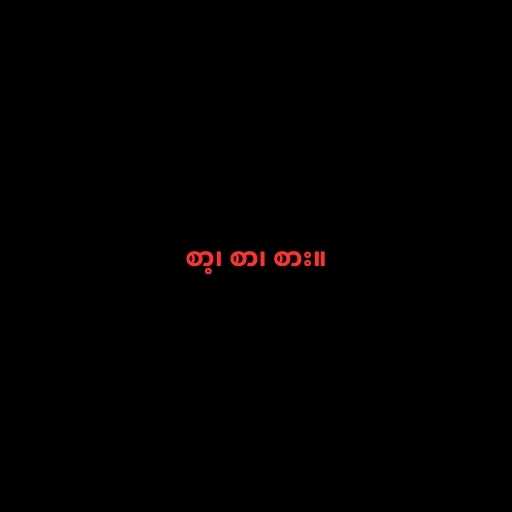
စာ့၊ စာ၊ စား။